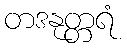
တဒနုတ္တရံ